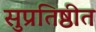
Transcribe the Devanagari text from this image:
सुप्रतिष्ठीत